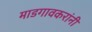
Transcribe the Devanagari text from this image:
माडगावकरांनी